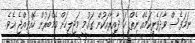
ނަމަވެސް ވާދަވެރިކަމެއް ނެތް ހަ ދާއިރާއަކުން ގައުމީ މަޖިލީހަށް މެމްބަރުން ހޮއްވިއްޖެ އެވެ.